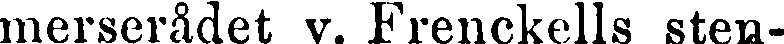
merserådet v. Frenckells sten-